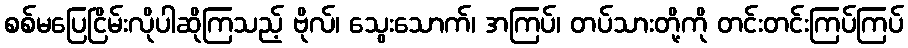
စစ်မပြေငြိမ်းလိုပါဆိုကြသည့် ဗိုလ်၊ သွေးသောက်၊ အကြပ်၊ တပ်သားတို့ကို တင်းတင်းကြပ်ကြပ်